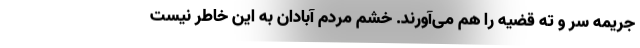
جریمه سر و ته قضیه را هم می‌آورند. خشم مردم آبادان به این خاطر نیست